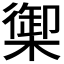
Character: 𬄧